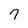
Character: 7